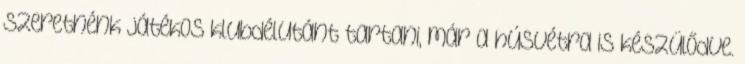
szeretnénk játékos klubdélutánt tartani, már a húsvétra is készülődve.